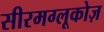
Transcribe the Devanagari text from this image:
सीरमग्लूकोज़